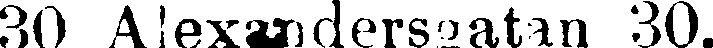
30 Alexandersgatan 30.